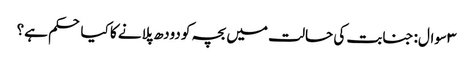
۳ سوال: جنابت کی حالت میں بچہ کو دودھ پلانے کا کیا حکم ہے؟